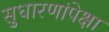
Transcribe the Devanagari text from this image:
सुधारणांपेक्षा